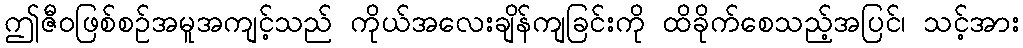
ဤဇီဝဖြစ်စဉ်အမူအကျင့်သည် ကိုယ်အလေးချိန်ကျခြင်းကို ထိခိုက်စေသည့်အပြင်၊ သင့်အား